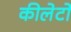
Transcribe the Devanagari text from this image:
कीलेटों